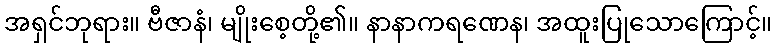
အရှင်ဘုရား။ ဗီဇာနံ၊ မျိုးစေ့တို့၏။ နာနာကရဏေန၊ အထူးပြုသောကြောင့်။